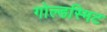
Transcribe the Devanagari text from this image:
गोल्डस्मिट